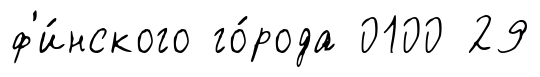
ф'и́нского го́рода 0100 29